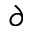
\partial